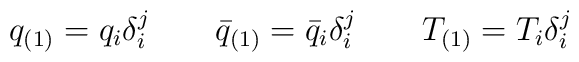
q_{(1)}=q_i \delta_i^j \qquad \bar{q}_{(1)}=\bar{q}_i \delta_i^j \qquad T_{(1)}=T_i \delta_i^j